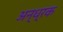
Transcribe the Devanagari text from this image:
अन्ध्रक